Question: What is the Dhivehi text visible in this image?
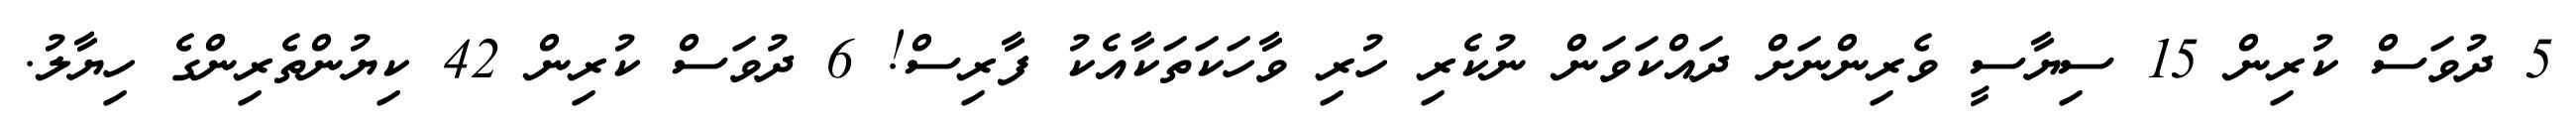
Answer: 5 ދުވަސް ކުރިން 15 ސިޔާސީ ވެރިންނަށް ދައްކަވަން ނުކެރި ހުރި ވާހަކަތަކާއެކު ފާރިސް! 6 ދުވަސް ކުރިން 42 ކިޔުންތެރިންގެ ހިޔާލު.